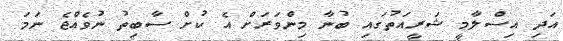
އަދި އިސްލާމީ ޝަރީއަތުގައި ބުނާ މިންވަރަށް އެ ކުށް ސާބިތު ނުވެއްޖެ ނަމަ